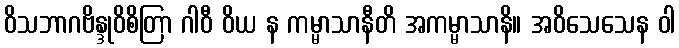
ဝိသဘာဂဗိန္ဒုဝိစိတြာ ဂါဝီ ဝိယ န ကမ္မာသာနီတိ အကမ္မာသာနိ။ အဝိသေသေန ဝါ